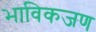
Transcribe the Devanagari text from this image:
भाविकजण